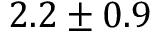
2 . 2 \pm 0 . 9